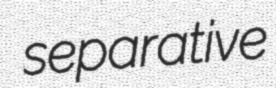
separative